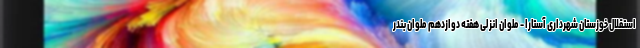
استقلال خوزستان شهرداری آستارا - ملوان انزلی هفته دوازدهم ملوان بندر